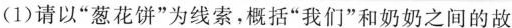
(1)请以“葱花饼”为线索，概括“我们”和奶奶之间的故